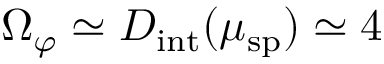
\Omega _ { \varphi } \simeq D _ { \mathrm { i n t } } ( \mu _ { \mathrm { s p } } ) \simeq 4